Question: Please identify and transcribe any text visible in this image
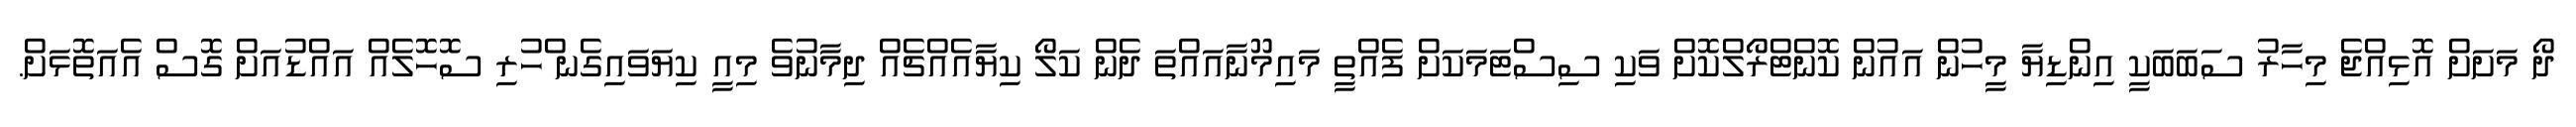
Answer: ދޯ މަށަށް އޮޅިއްޖެ މިހާރު ސަބަބަކީ އިންޑިޔާ މީހުން އައުން ކޮންޓްރޯލްކޮށް ވަކި ސިސްޓަމަކަށް ފެއްތީ މައިމޫނާއައްތަ ދެން ކަލޯ ކިޔާއެއްޗެއް ދިމާނުވެ މިއީ ކިޔަވައިގެނ ްހުރި ސޮހޮލެއް އައްޑުއަށް ގޮސް އެއަތޮޅަށް.